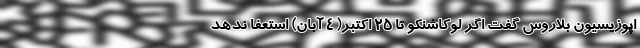
اپوزیسیون بلاروس گفت اگر لوکاشنکو تا ۲۵ اکتبر( ۴ آبان) استعفا ندهد